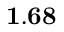
\mathbf { 1 . 6 8 }